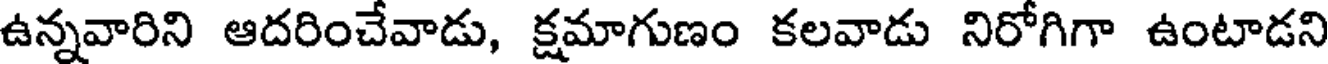
ఉన్నవారిని ఆదరించేవాడు, క్షమాగుణం కలవాడు నిరోగిగా ఉంటాడని